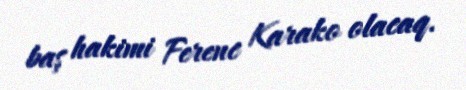
baş hakimi Ferenc Karako olacaq.